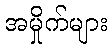
အမှိုက်များ